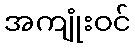
အကျုံးဝင်